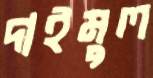
দাইমুল